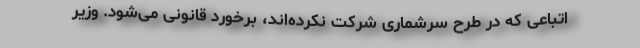
اتباعی که در طرح سرشماری شرکت نکرده‌اند، برخورد قانونی می‌شود. وزیر